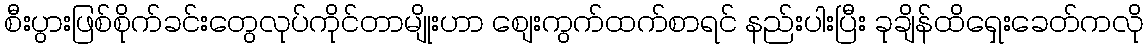
စီးပွားဖြစ်စိုက်ခင်းတွေလုပ်ကိုင်တာမျိုးဟာ စျေးကွက်ထက်စာရင် နည်းပါးပြီး ခုချိန်ထိရှေးခေတ်ကလို